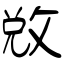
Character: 敓